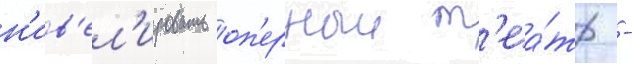
н'ив'ел'ировать оп'ерныи т'еа́тр -